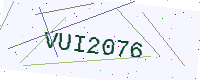
Text: VUI2076